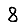
Digit: 8